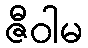
ဇီဝါမ